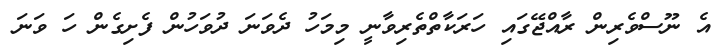
އެ ނޫސްވެރިން ރާއްޖޭގައި ހަރަކާތްތެރިވާނީ މިމަހު ދެވަނަ ދުވަހުން ފެށިގެން ހަ ވަނަ